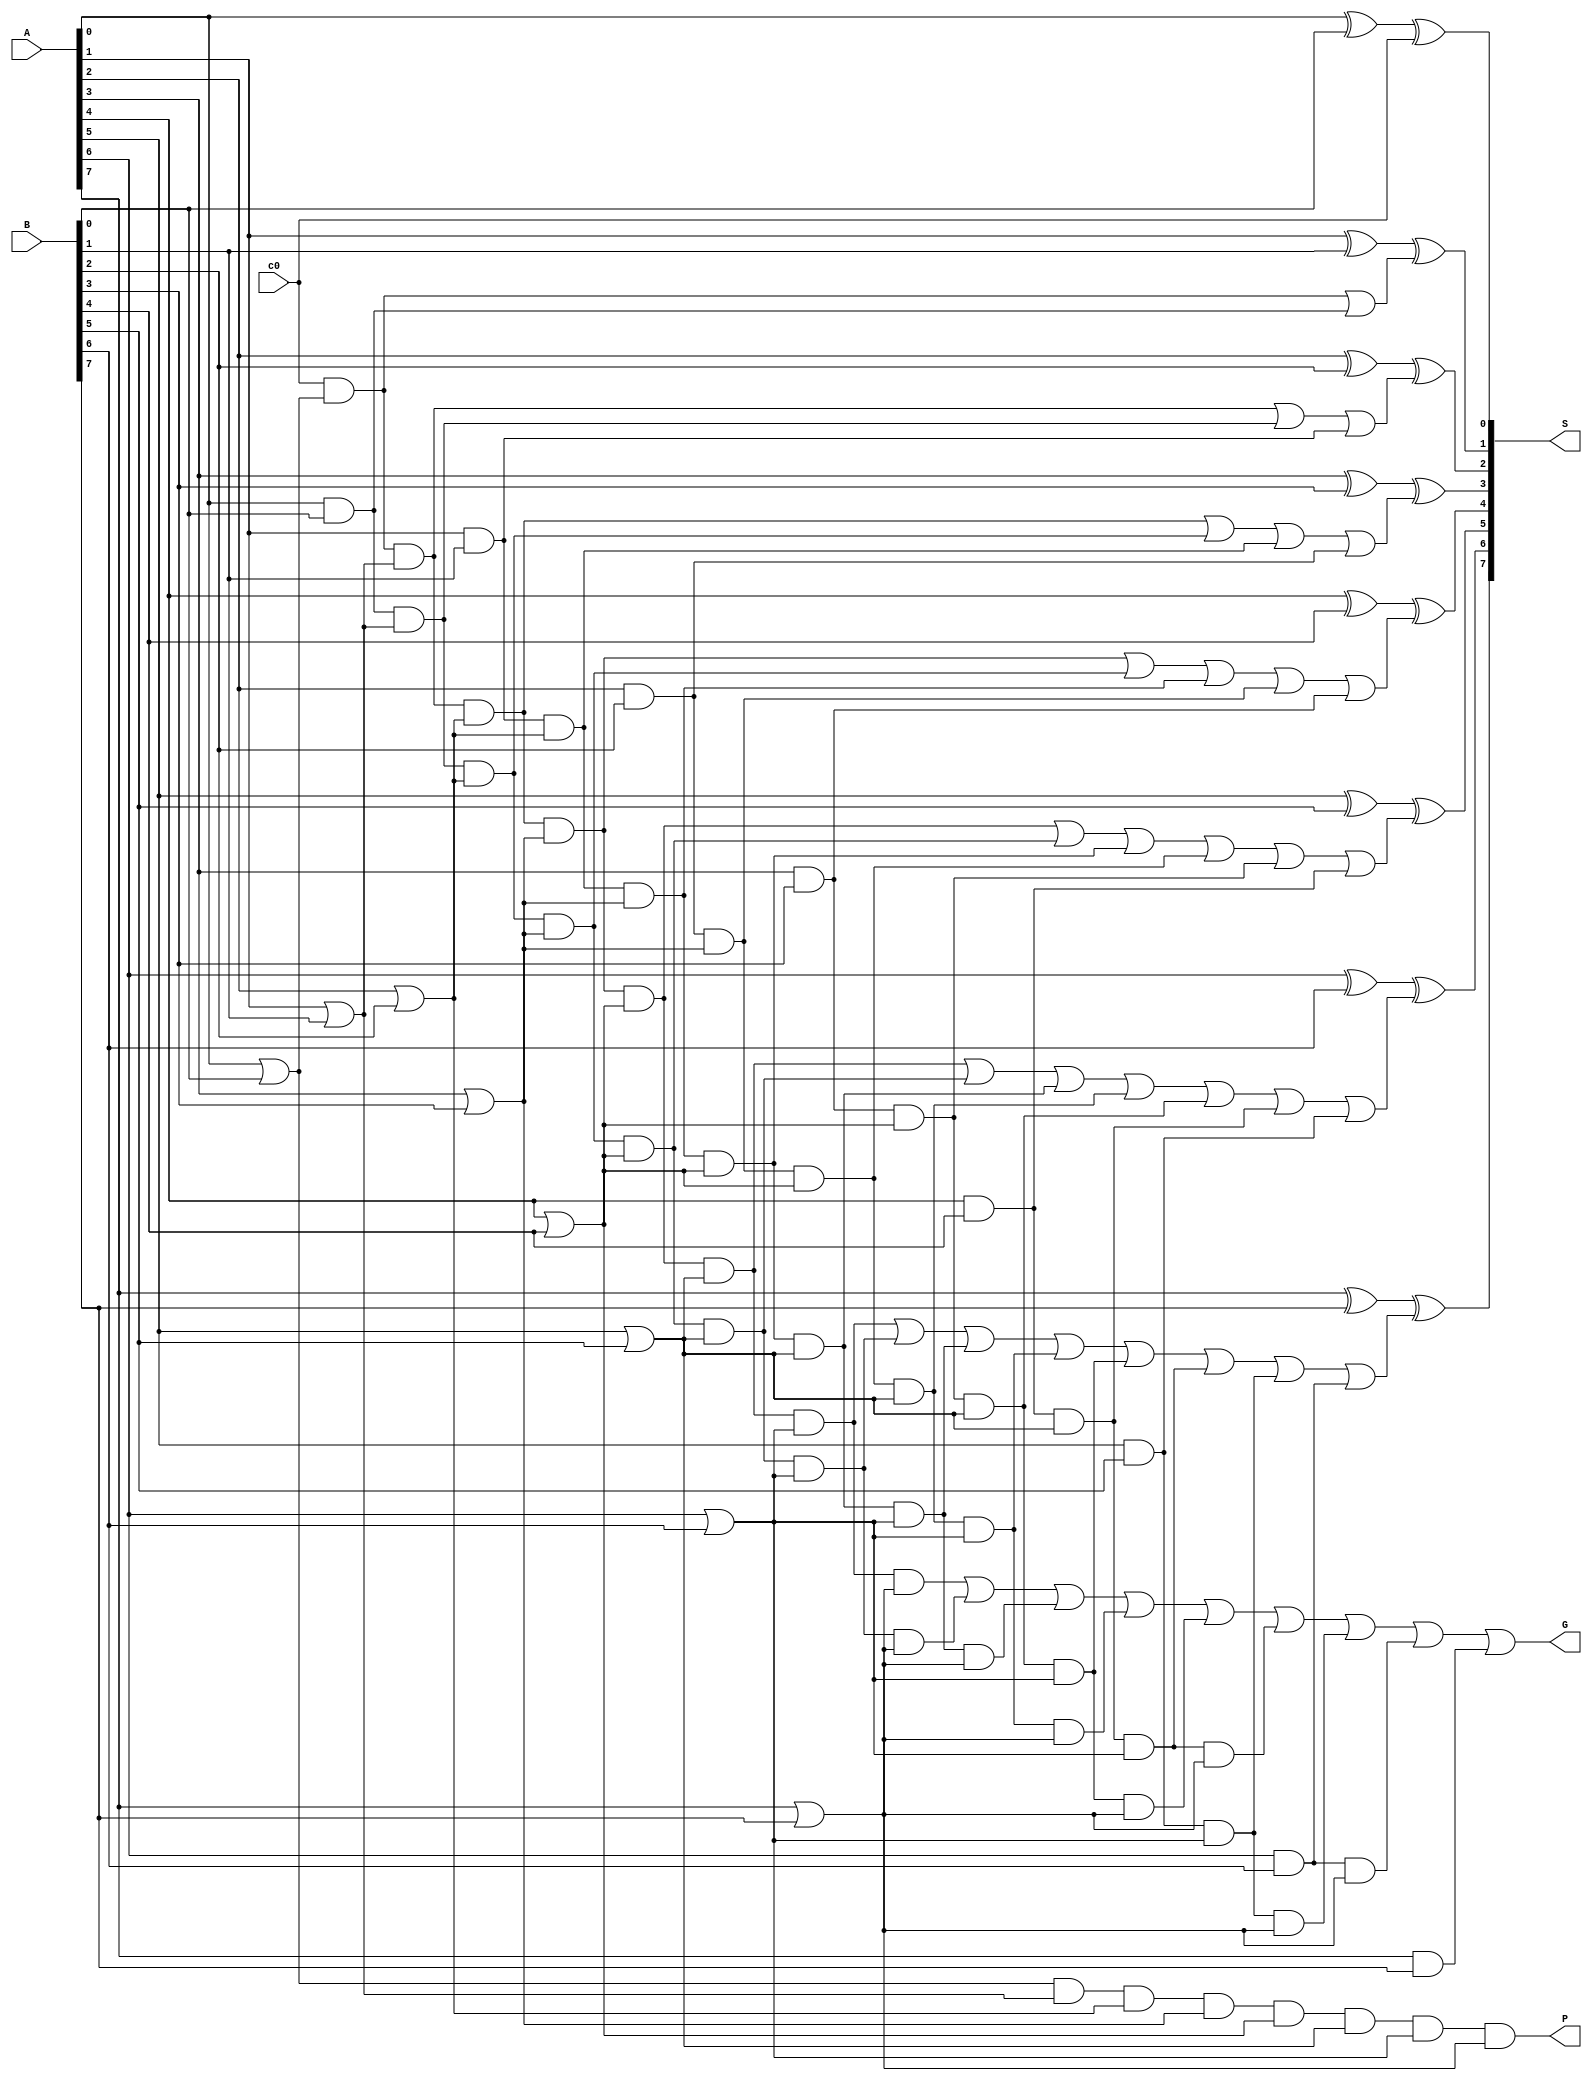
module adder_module(S, G, P, A, B, c0);
    input [7:0] A, B;
    input c0;
    output [7:0] S;
    output G, P;

    wire p0, g0, p1, g1, p2, g2, p3, g3, p4, g4, p5, g5, p6, g6, p7, g7;
    wire c1, c2, c3, c4, c5, c6, c7;                 //carries
    
    wire c11;                                        //c1 parts
    wire c21, c22;                                   //c2 parts
    wire c31, c32, c33;                              //c3 parts
    wire c41, c42, c43, c44;                         //c4 parts
    wire c51, c52, c53, c54, c55;                    //c5 parts
    wire c61, c62, c63, c64, c65, c66;               //c6 parts
    wire c71, c72, c73, c74, c75, c76, c77;          //c7 parts
    wire c81, c82, c83, c84, c85, c86, c87, c88;     //c8 parts

//~~~~~~~~~~~~~~~~generate and propagate functions~~~~~~~~~~~~~~~~~~//

    or P0(p0, A[0], B[0]);
    and G0(g0, A[0], B[0]);

    or P1(p1, A[1], B[1]);
    and G1(g1, A[1], B[1]);

    or P2(p2, A[2], B[2]);
    and G2(g2, A[2], B[2]);

    or P3(p3, A[3], B[3]);
    and G3(g3, A[3], B[3]);

    or P4(p4, A[4], B[4]);
    and G4(g4, A[4], B[4]);

    or P5(p5, A[5], B[5]);
    and G5(g5, A[5], B[5]);

    or P6(p6, A[6], B[6]);
    and G6(g6, A[6], B[6]);

    or P7(p7, A[7], B[7]);
    and G7(g7, A[7], B[7]);

//~~~~~~~~~~~~~~~~~~~~~~~~~~~~~carries~~~~~~~~~~~~~~~~~~~~~~~~~~~~~~//

    //c1
    and c1and1(c11, c0, p0);
    or c1or(c1, c11, g0);

    //c2
    and c2and1(c21, c0, p0, p1);
    and c2and2(c22, g0, p1);
    or c2or(c2, c21, c22, g1);

    //c3
    and c3and1(c31, c0, p0, p1, p2);
    and c3and2(c32, g0, p1, p2);
    and c3and3(c33, g1, p2);
    or c3or(c3, c31, c32, c33, g2);

    //c4
    and c4and1(c41, c0, p0, p1, p2, p3);
    and c4and2(c42, g0, p1, p2, p3);
    and c4and3(c43, g1, p2, p3);
    and c4and4(c44, g2, p3);
    or c4or(c4, c41, c42, c43, c44, g3);

    //c5
    and c5and1(c51, c0, p0, p1, p2, p3, p4);
    and c5and2(c52, g0, p1, p2, p3, p4);
    and c5and3(c53, g1, p2, p3, p4);
    and c5and4(c54, g2, p3, p4);
    and c5and5(c55, g3, p4);
    or c5or(c5, c51, c52, c53, c54, c55, g4);

    //c6
    and c6and1(c61, c0, p0, p1, p2, p3, p4, p5);
    and c6and2(c62, g0, p1, p2, p3, p4, p5);
    and c6and3(c63, g1, p2, p3, p4, p5);
    and c6and4(c64, g2, p3, p4, p5);
    and c6and5(c65, g3, p4, p5);
    and c6and6(c66, g4, p5);
    or c6or(c6, c61, c62, c63, c64, c65, c66, g5);

    //c7
    and c7and1(c71, c0, p0, p1, p2, p3, p4, p5, p6);
    and c7and2(c72, g0, p1, p2, p3, p4, p5, p6);
    and c7and3(c73, g1, p2, p3, p4, p5, p6);
    and c7and4(c74, g2, p3, p4, p5, p6);
    and c7and5(c75, g3, p4, p5, p6);
    and c7and6(c76, g4, p5, p6);
    and c7and7(c77, g5, p6);
    or c7or(c7, c71, c72, c73, c74, c75, c76, c77, g6);

    //generate G
    and c8and1(c81, c0, p0, p1, p2, p3, p4, p5, p6, p7);
    and c8and2(c82, g0, p1, p2, p3, p4, p5, p6, p7);
    and c8and3(c83, g1, p2, p3, p4, p5, p6, p7);
    and c8and4(c84, g2, p3, p4, p5, p6, p7);
    and c8and5(c85, g3, p4, p5, p6, p7);
    and c8and6(c86, g4, p5, p6, p7);
    and c8and7(c87, g5, p6, p7);
    and c8and8(c88, g6, p7);
    or c8or(G,c81, c82, c83, c84, c85, c86, c87, c88, g7);

    //generate P
    and genP(P, p0, p1, p2, p3, p4, p5, p6, p7);

//~~~~~~~~~~~~~~~~~~~~~~~~~~~~~~sums~~~~~~~~~~~~~~~~~~~~~~~~~~~~~~~~//

    xor sum0(S[0], A[0], B[0], c0);
    xor sum1(S[1], A[1], B[1], c1);
    xor sum2(S[2], A[2], B[2], c2);
    xor sum3(S[3], A[3], B[3], c3);
    xor sum4(S[4], A[4], B[4], c4);
    xor sum5(S[5], A[5], B[5], c5);
    xor sum6(S[6], A[6], B[6], c6);
    xor sum7(S[7], A[7], B[7], c7);
    
endmodule